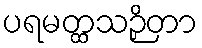
ပရမတ္ထသဉှိတာ